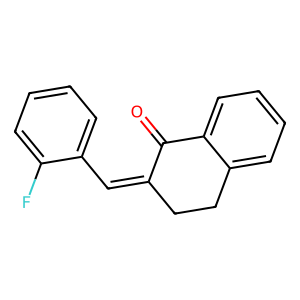
SMILES: O=C1C(=Cc2ccccc2F)CCc2ccccc21
Inhibits HIV replication: No